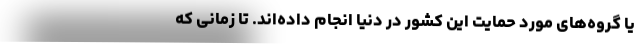
یا گروه‌های مورد حمایت این کشور در دنیا انجام داده‌اند. تا زمانی که